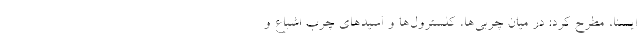
ایسنا، مطرح کرد: در میان چربی‌ها، کلسترول‌ها و اسیدهای چرب اشباع و